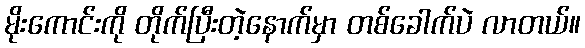
မိုးကောင်းကို တိုက်ပြီးတဲ့နောက်မှာ တစ်ခေါက်ပဲ လာတယ်။